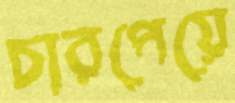
চারপেয়ে